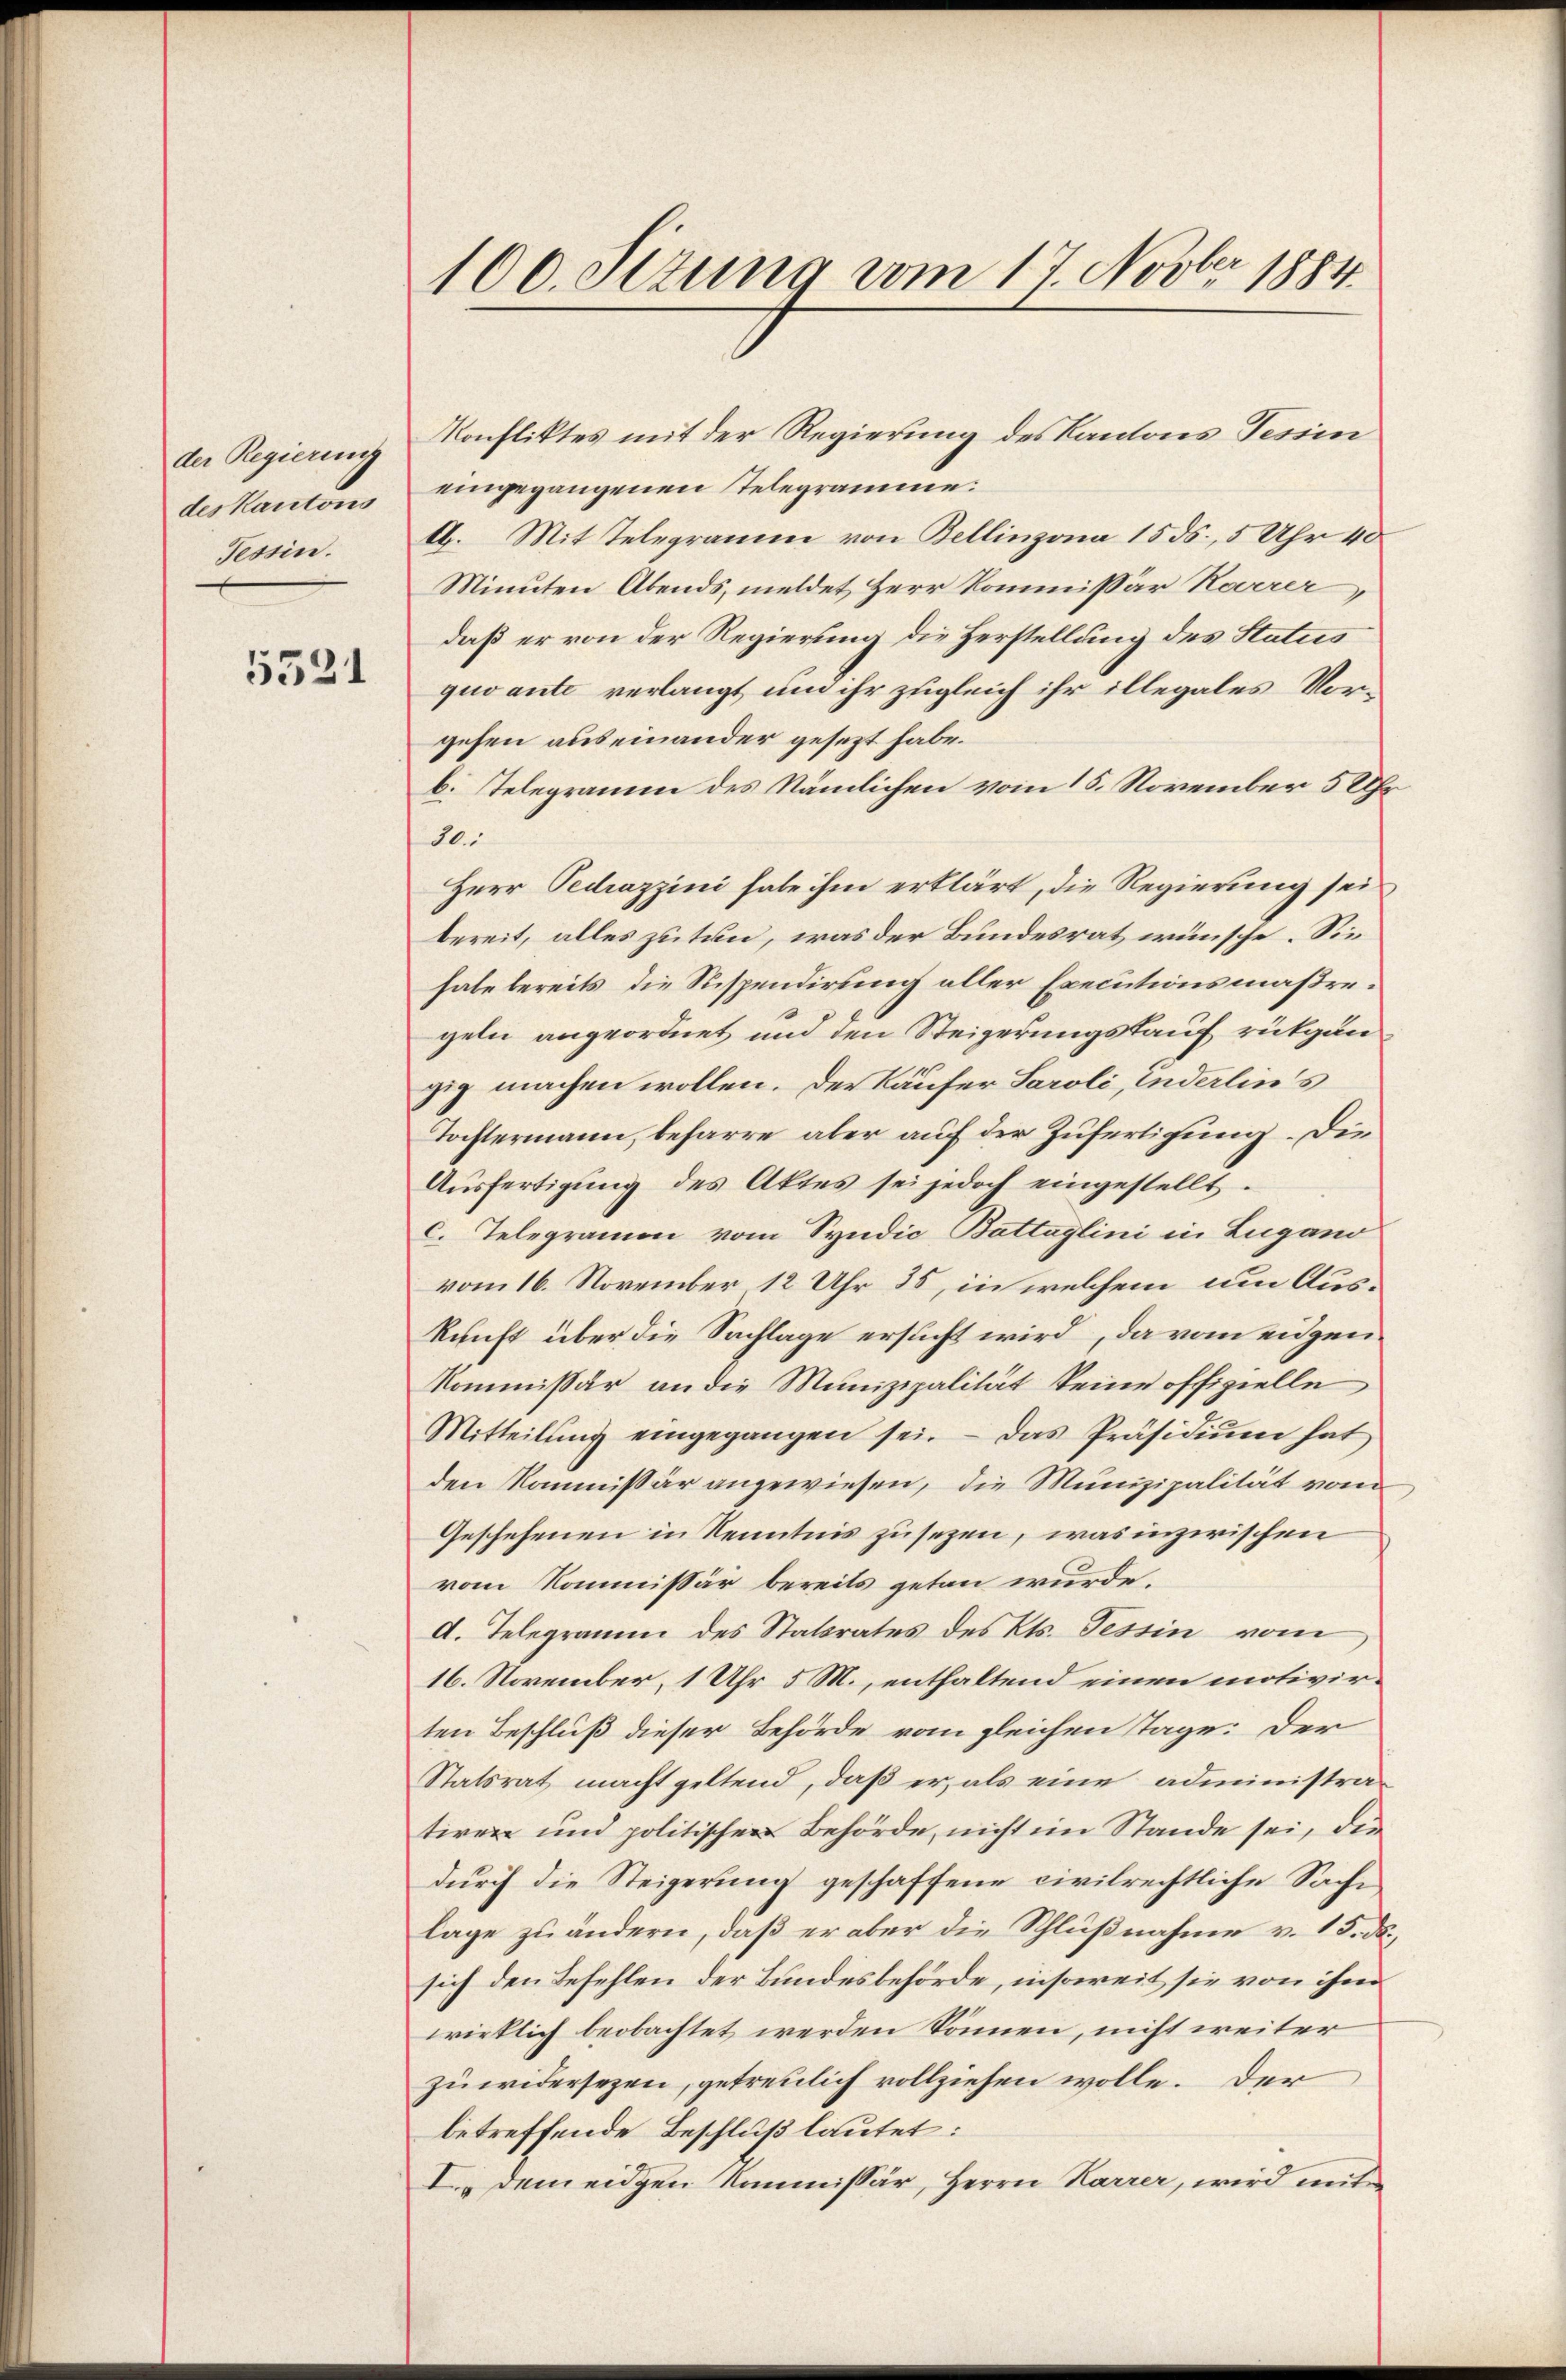
der Regierung
des Kantons
Tessin.

5521

100. Sizung vom 17. Novbr 1884.

Konfliktes mit der Regierung des Kantons Fesim
eingegangenen Telegramme.
A. Mit Telegramm von Bellinzona 1555., 5 Uhr 40
Minuten Abends, meldet Herr Kommissär Karrer,
daß er von der Regierung die Herstellung des Status
quvante verlangt um ihr zugleich ihr illegales Vorgehen auseinander gesezt habe.
b. Telegramm des Nämlichen vom 15. November 5 Uhr
30.
Herr Pedrazzini habe ihm erklärt, die Regierung sei
bereit, alles zutun, was der Bundesrat wünsche. Sie
habe bereits die Suspendirung aller Executionsmaßregeln angeordnet und den Steigerungskauf rükgan
zig machen wollen. Der Käufer Saroli, inderlin's
Tochtermann, beharre aber auf der Zufertigung. Die
Aŭsfertigŭng des Aktes sei jedoch eingestellt.
c. Telegramen vom Syndic Battaglini in Lugano
vom 16. November 12 Uhr 35, in welchem um Auskunft über die Sachlage ersucht wird, da vom eidgen¬
Kommissär an die Munizipalität keine offizielle
Mitteilŭng eingegangen sei. Das Präsidiŭm hat
den Kommissär angewiesen, die Munizipalität vom
Geschehenen in Kenntnis zusezen, was inzwischen
vom Kommissär bereits getan wurde.
A. Telegramm des Statsrates des Kts. Tessin vom
16. November, 1 Uhr 5 M., enthaltend einen motivirten Beschluß dieser Behörde vom gleichen Tage: Der
Statsrat macht geltend, daß er, als eine administra-
tiren und politischen Behörde, nicht im Stande sei, die
durch die Steigerung geschaffene civilrechtliche Sache
lage zu ändern, daß er aber die Schlußnahme v. 15. ds.,
sich den Befehlen der Bundesbehörde, insoweit sie von ihm
wirklich beobachtet werden können, nicht weiter
zu widersezen, getreulich vollziehen wolle. Der
betreffende Beschluß lautet:
I. dem eidgen Kommissär, Herrn Karrer, wird mit